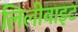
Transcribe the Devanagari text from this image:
लिलीवाइट